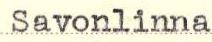
Savonlinna